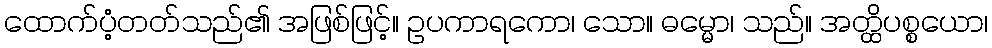
ထောက်ပံ့တတ်သည်၏ အဖြစ်ဖြင့်။ ဥပကာရကော၊ သော။ ဓမ္မော၊ သည်။ အတ္ထိပစ္စယော၊